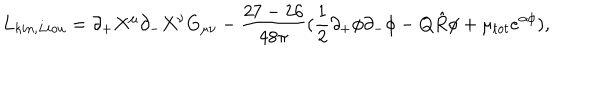
L _ { k i n , L i o u } = \partial _ { + } X ^ { \mu } \partial _ { - } X ^ { \nu } G _ { \mu \nu } - \frac { 2 7 - 2 6 } { 4 8 \pi } ( \frac { 1 } { 2 } \partial _ { + } \phi \partial _ { - } \phi - Q \hat { R } \phi + \mu _ { t o t } e ^ { \alpha \phi } ) ,